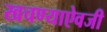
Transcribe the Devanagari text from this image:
खचण्याऐवजी